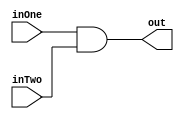
/*
Basic and gate.
*/
module and_mod(input wire inOne, input wire inTwo, output wire out);

  assign out = inOne & inTwo; //out == 1 if inOne and inTwo == 1

endmodule


/*
Extends a 16 bit values. Works for 2s compliment by concatinating 16 of the first bit with the orignal value.
*/
module sign_extend(input wire [15:0] in, output reg [31:0] out);

always @(in)
  begin
    out = {{16{in[15]}}, in[15:0]};
  end

endmodule